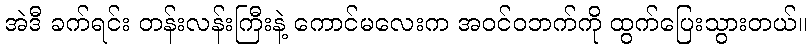
အဲဒီ ခက်ရင်း တန်းလန်းကြီးနဲ့ ကောင်မလေးက အဝင်ဝဘက်ကို ထွက်ပြေးသွားတယ်။